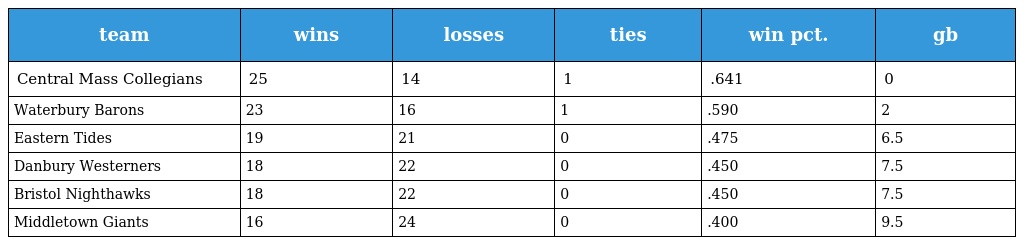
| team | wins | losses | ties | win pct. | gb |
 | --- | --- | --- | --- | --- | --- |
 | Central Mass Collegians | 25 | 14 | 1 | .641 | 0 |
 | Waterbury Barons | 23 | 16 | 1 | .590 | 2 |
 | Eastern Tides | 19 | 21 | 0 | .475 | 6.5 |
 | Danbury Westerners | 18 | 22 | 0 | .450 | 7.5 |
 | Bristol Nighthawks | 18 | 22 | 0 | .450 | 7.5 |
 | Middletown Giants | 16 | 24 | 0 | .400 | 9.5 |